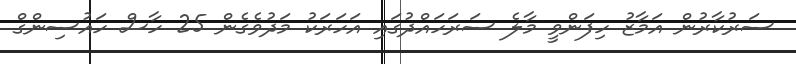
ސަރުކާރުން އަމާޒު ހިފަންވީ މާލެ ސަރަހައްދުގައި އަހަރަކު މަދުވެގެން 25 ހާސް ހައުސިންގް